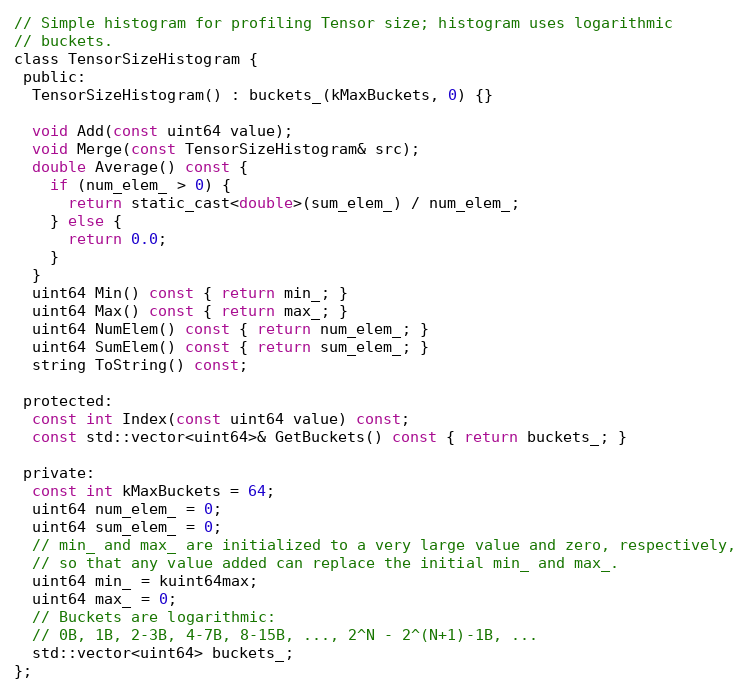
Language: C
// Simple histogram for profiling Tensor size; histogram uses logarithmic
// buckets.
class TensorSizeHistogram {
 public:
  TensorSizeHistogram() : buckets_(kMaxBuckets, 0) {}

  void Add(const uint64 value);
  void Merge(const TensorSizeHistogram& src);
  double Average() const {
    if (num_elem_ > 0) {
      return static_cast<double>(sum_elem_) / num_elem_;
    } else {
      return 0.0;
    }
  }
  uint64 Min() const { return min_; }
  uint64 Max() const { return max_; }
  uint64 NumElem() const { return num_elem_; }
  uint64 SumElem() const { return sum_elem_; }
  string ToString() const;

 protected:
  const int Index(const uint64 value) const;
  const std::vector<uint64>& GetBuckets() const { return buckets_; }

 private:
  const int kMaxBuckets = 64;
  uint64 num_elem_ = 0;
  uint64 sum_elem_ = 0;
  // min_ and max_ are initialized to a very large value and zero, respectively,
  // so that any value added can replace the initial min_ and max_.
  uint64 min_ = kuint64max;
  uint64 max_ = 0;
  // Buckets are logarithmic:
  // 0B, 1B, 2-3B, 4-7B, 8-15B, ..., 2^N - 2^(N+1)-1B, ...
  std::vector<uint64> buckets_;
};